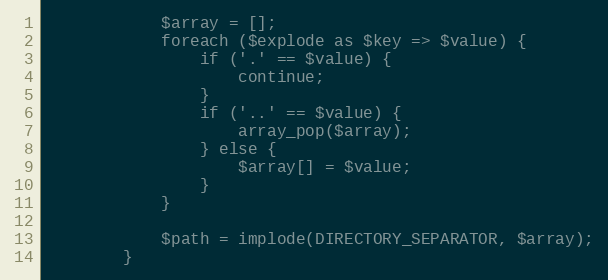
Language: PHP
            $array = [];
            foreach ($explode as $key => $value) {
                if ('.' == $value) {
                    continue;
                }
                if ('..' == $value) {
                    array_pop($array);
                } else {
                    $array[] = $value;
                }
            }

            $path = implode(DIRECTORY_SEPARATOR, $array);
        }